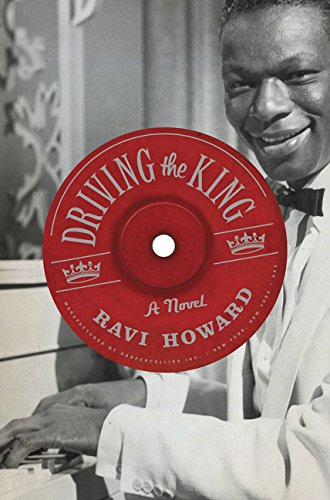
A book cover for Driving the King: A Novel; Ravi Howard; Literature & Fiction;